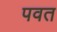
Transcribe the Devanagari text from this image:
पवत